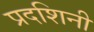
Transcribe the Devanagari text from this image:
प्रदशिनी